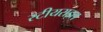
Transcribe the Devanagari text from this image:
स्टीयराइल